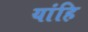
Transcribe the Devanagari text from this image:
यांहि